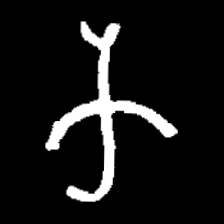
Pyu character \u2014 Myanmar letter: က (romanized: ka)